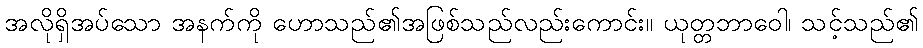
အလိုရှိအပ်သော အနက်ကို ဟောသည်၏အဖြစ်သည်လည်းကောင်း။ ယုတ္တဘာဝေါ၊ သင့်သည်၏